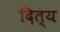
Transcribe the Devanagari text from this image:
दित्य